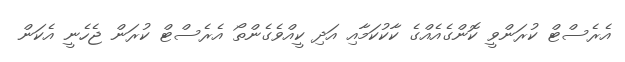
އެރެސްޓް ކުރަންވީ ކޮންގެއެއްގެ ކާކުކަމާއި އަދި ކީއްވެގެންތޯ އެރެސްޓް ކުރަން ޖެހެނީ އެކަން